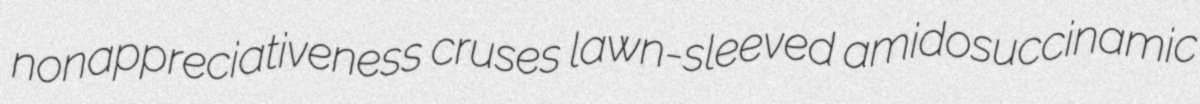
nonappreciativeness cruses lawn-sleeved amidosuccinamic